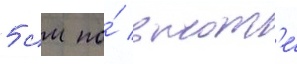
5 см по́ высот'е́